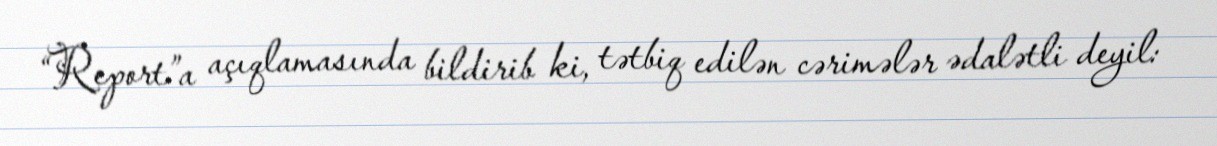
“Report”a açıqlamasında bildirib ki, tətbiq edilən cərimələr ədalətli deyil: